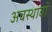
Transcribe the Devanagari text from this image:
अवस्थावों